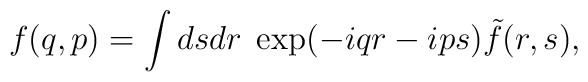
f(q,p)=\int dsdr\; \exp(-iqr-ips)\tilde{f}(r,s),